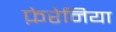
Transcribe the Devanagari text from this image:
फ़ेरेनिया